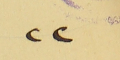
٢٢